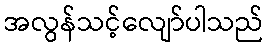
အလွန်သင့်လျော်ပါသည်